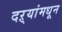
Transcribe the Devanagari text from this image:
दऱ्यांमधून